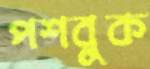
পশবুক